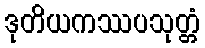
ဒုတိယကဿပသုတ္တံ